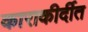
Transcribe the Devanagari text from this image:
काराकीर्दीत